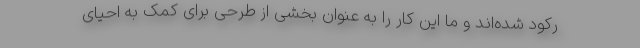
رکود شده‌اند و ما این کار را به عنوان بخشی از طرحی برای کمک به احیای